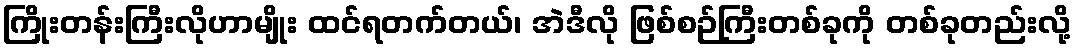
ကြိုးတန်းကြီးလိုဟာမျိုး ထင်ရတက်တယ်၊ အဲဒီလို ဖြစ်စဉ်ကြီးတစ်ခုကို တစ်ခုတည်းလို့